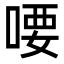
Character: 喓